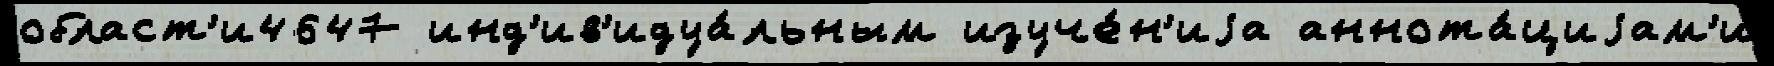
област'и4647 инд'ив'идуа́льным изуче́н'иjа аннота́циjам'и